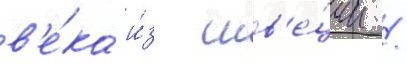
в'е́ка и́з шв'е́ции /